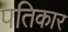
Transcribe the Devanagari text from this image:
पतिकार